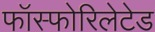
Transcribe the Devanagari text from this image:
फॉस्फोरिलेटेड